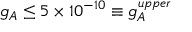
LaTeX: g _ { A } \leq 5 \times 1 0 ^ { - 1 0 } \equiv g _ { A } ^ { u p p e r }